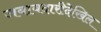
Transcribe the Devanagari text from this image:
जबाबदारीदेखिल